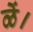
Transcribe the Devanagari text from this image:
ळें।